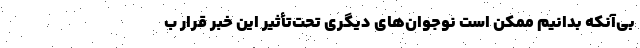
بی‌آنکه بدانیم ممکن است نوجوان‌های دیگری تحت‌تأثیر این خبر قرار ب